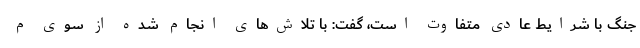
جنگ با شرایط عادی متفاوت است، گفت: با تلاش‌های انجام شده از سوی م